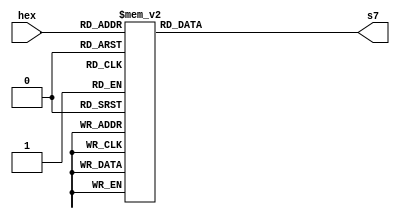
/******************************************************************************
*                                                                             *
* Copyright 2016 myStorm Copyright and related                                *
* rights are licensed under the Solderpad Hardware License, Version 0.51      *
* (the License); you may not use this file except in compliance with        *
* the License. You may obtain a copy of the License at                        *
* http://solderpad.org/licenses/SHL-0.51. Unless required by applicable       *
* law or agreed to in writing, software, hardware and materials               *
* distributed under this License is distributed on an AS IS BASIS,          *
* WITHOUT WARRANTIES OR CONDITIONS OF ANY KIND, either express or             *
* implied. See the License for the specific language governing                *
* permissions and limitations under the License.                              *
*                                                                             *
******************************************************************************/

/* 7 Segments - Excludes DP **************************************************
*
*  a  _
*  f | | b
*  g  -
*  e |_| c
*  d  
*    
* a:s7[0], g = s7[6]
 *****************************************************************************/

module h27seg (
    input wire [3:0] hex,
    output reg [6:0] s7
    );

    always @(*)
        case (hex)
            // Segments - gfedcba
            4'h0: s7 = ~7'b0111111;
            4'h1: s7 = ~7'b0000110;
            4'h2: s7 = ~7'b1011011;
            4'h3: s7 = ~7'b1001111;
            4'h4: s7 = ~7'b1100110;
            4'h5: s7 = ~7'b1101101;
            4'h6: s7 = ~7'b1111101;
            4'h7: s7 = ~7'b0000111;
            4'h8: s7 = ~7'b1111111;
            4'h9: s7 = ~7'b1101111;
            4'hA: s7 = ~7'b1110111;
            4'hB: s7 = ~7'b1111100;
            4'hC: s7 = ~7'b0111001;
            4'hD: s7 = ~7'b1011110;
            4'hE: s7 = ~7'b1111001;
            4'hF: s7 = ~7'b1110001;
        endcase 

endmodule